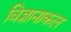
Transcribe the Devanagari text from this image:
विज्ञानाकल